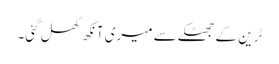
ٹرین کے جھٹکے سے میری آنکھ کھل گئی۔